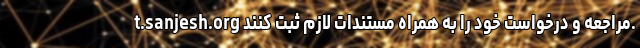
t.sanjesh.org مراجعه و درخواست خود را به همراه مستندات لازم ثبت کنند.